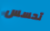
تحسس